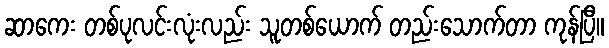
ဆာကေး တစ်ပုလင်းလုံးလည်း သူတစ်ယောက် တည်းသောက်တာ ကုန်ပြီ။